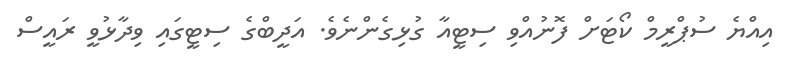
އިއްޔެ ސުޕްރީމް ކޯޓަށް ފޮނުއްވި ސިޓީއާ ގުޅިގެންނެވެ. އަދީބްގެ ސިޓީގައި ވިދާޅުވީ ރައީސް